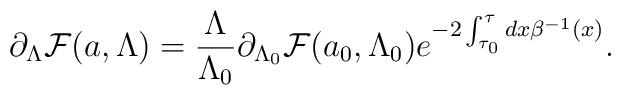
\partial_\Lambda{\cal F}(a,\Lambda)={\Lambda\over \Lambda_0}\partial_{\Lambda_0}{\cal F}(a_0,\Lambda_0)e^{-2\int_{\tau_0}^\tau {dx\beta^{-1}(x)}}.